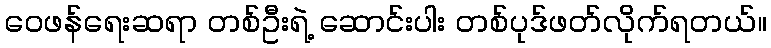
ဝေဖန်ရေးဆရာ တစ်ဦးရဲ့ ဆောင်းပါး တစ်ပုဒ်ဖတ်လိုက်ရတယ်။